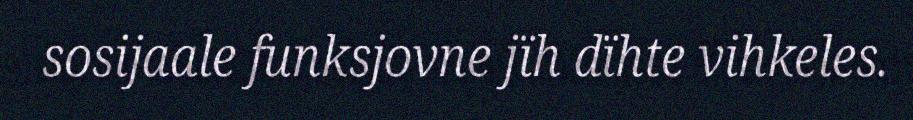
sosijaale funksjovne jïh dïhte vihkeles.